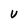
Character: V